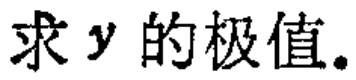
求 \(y\) 的极值。